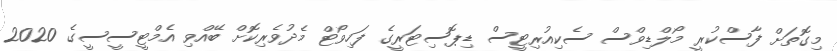
މިގޮތަށް ފާސްކުރީ މޯލްޑިވްސް ސެކިއުރިޓީސް ޑިޕޮސިޓަރީގެ ފަހިވޯޓް މެދުވެރިކޮށް ބޭއްވި އެމްޓީސީސީގެ 2020